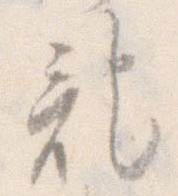
記